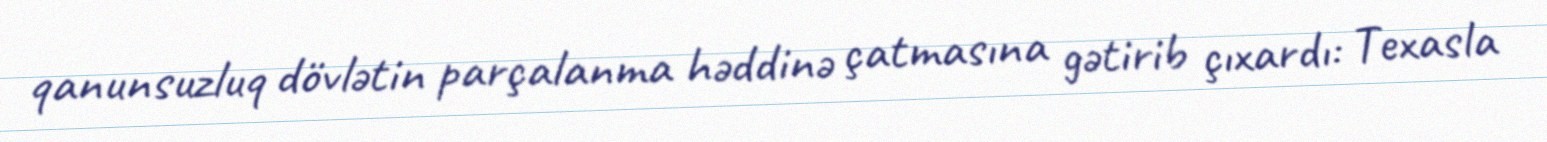
qanunsuzluq dövlətin parçalanma həddinə çatmasına gətirib çıxardı: Texasla